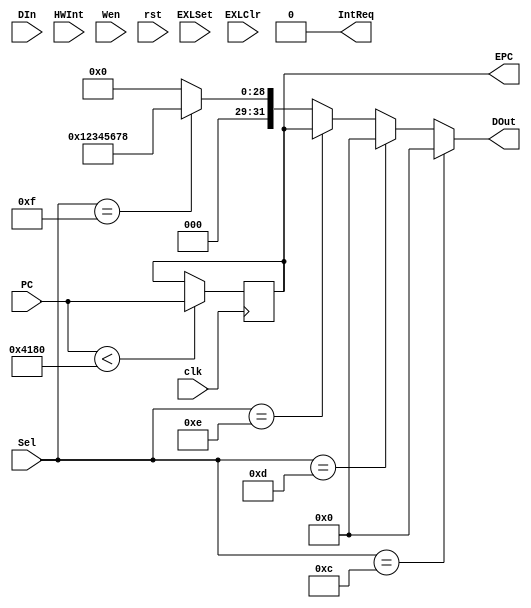
module CP0(
  input [31:0]PC,
  input [31:0]DIn,
  input [5:0]HWInt,
  input [4:0]Sel,
  input Wen,EXLSet,EXLClr,clk,rst,
  output IntReq,
  output reg [31:0]EPC,
  output [31:0]DOut);
  
  reg [5:0]im;
  reg exl,ie;
  wire [31:0]SR,PrID,Cause;
  reg [5:0] hwint_pend ;
  
  initial begin
    exl=0;ie=0;im=0;hwint_pend=0;
  end
  
  assign IntReq=(|(HWInt[5:0] & im[6:0]) & ie & !exl);

  //12:SR 13:CAUSE 14:EPC 15:PrID
  assign SR ={16'b0,im,8'b0,exl,ie};
  assign Cause ={16'b0, hwint_pend, 10'b0};
  assign PrID = 32'h12345678;
  assign DOut = (Sel==12) ? SR : (Sel==13) ? Cause 
                : (Sel==14) ? EPC : (Sel==15) ? PrID : 0;
  
  always@(posedge rst)begin
    if(rst)begin
      exl=0;ie=0;im=0;hwint_pend=0;
      end
  end


  
  always@(posedge clk)
  begin
    if(EXLSet)
      exl<=1'b1;
    if(EXLClr)begin
      exl<=1'b0;
      hwint_pend[5]=0;
    end
    else hwint_pend<=HWInt;
      
    if(Wen&&Sel==12)
      {im,exl,ie}<={DIn[15:10],DIn[1],DIn[0]};
    if(PC<'h00004180)
    EPC<=PC;
  end
  
  
endmodule